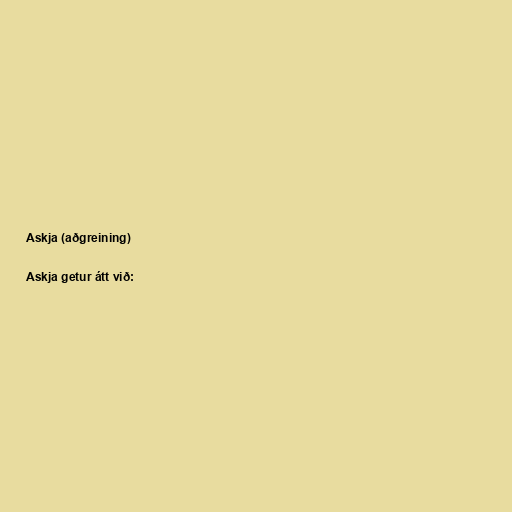
Askja (aðgreining)

Askja getur átt við: